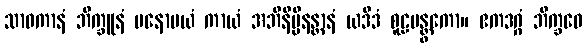
သာဝကာနံ ဘိက္ခူနံ မနောမယံ ကာယံ အဘိနိမ္မိနန္တာနံ ယဒိဒံ စူဠပန္တွကော။ ဧကဒဂ္ဂံ ဘိက္ခဝေ